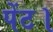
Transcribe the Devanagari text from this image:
पेंट।